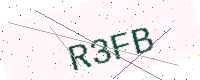
Text: R3FB